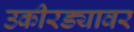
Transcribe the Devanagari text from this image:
उकीरड्यावर